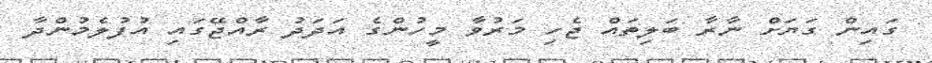
ގައިން ގަޔަށް ނާރާ ބަލިތައް ޖެހި މަރުވާ މީހުންގެ އަދަދު ރާއްޖޭގައި އުފުލެމުންދާ